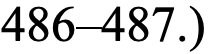
486–487.)